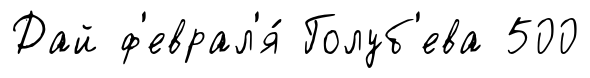
Дай ф'еврал'я́ Голуб'ева 500